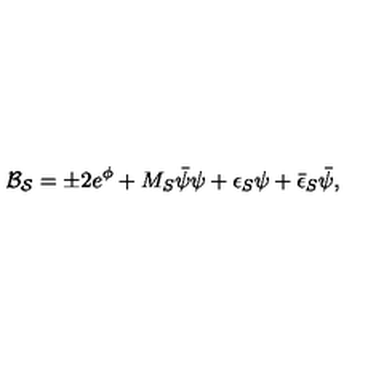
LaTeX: { \cal B _ { S } } = \pm 2 e ^ { \phi } + M _ { S } \bar { \psi } \psi + \epsilon _ { S } \psi + \bar { \epsilon } _ { S } \bar { \psi } ,